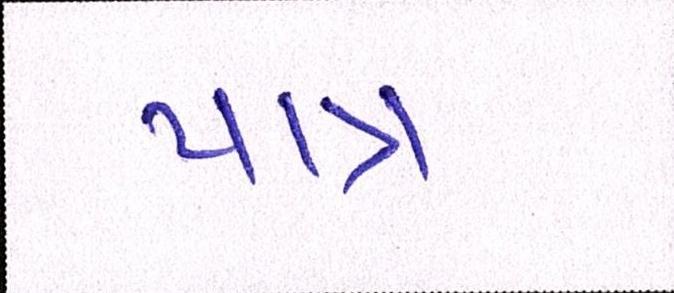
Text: પાત્ર